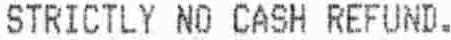
STRICTLY NO CASH REFUND.